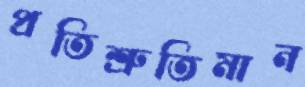
প্রতিশ্রুতিমান